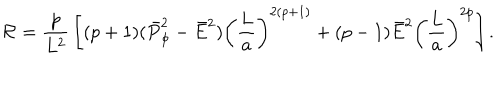
LaTeX: { \cal R } = { \frac { p } { L ^ { 2 } } } \left[ ( p + 1 ) ( \bar { P } _ { \phi } ^ { 2 } - \bar { E } ^ { 2 } ) \left( { \frac { L } { a } } \right) ^ { 2 ( p + 1 ) } + ( p - 1 ) \bar { E } ^ { 2 } \left( { \frac { L } { a } } \right) ^ { 2 p } \right] .